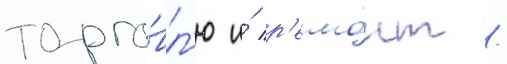
торго́вл'ю и́ р'емо́нт /